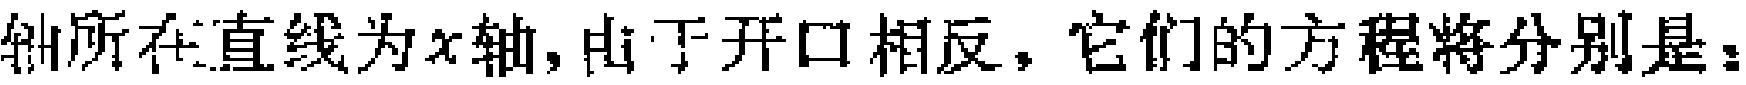
轴所在直线为\(x\)轴,由于开口相反,它们的方程将分别是：